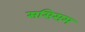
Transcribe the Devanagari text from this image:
ससिसम